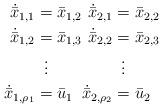
LaTeX: \begin{align*}\begin{aligned}\dot{\bar{x}}_{1,1}&=\bar{x}_{1,2}\\\dot{\bar{x}}_{1,2}&=\bar{x}_{1,3}\\&\vdotswithin{=}\\\dot{\bar{x}}_{1,\rho_1}&=\bar{u}_1\end{aligned}\begin{aligned}\dot{\bar{x}}_{2,1}&=\bar{x}_{2,2}\\\dot{\bar{x}}_{2,2}&=\bar{x}_{2,3}\\&\vdotswithin{=}\\\dot{\bar{x}}_{2,\rho_2}&=\bar{u}_2\end{aligned}\end{align*}